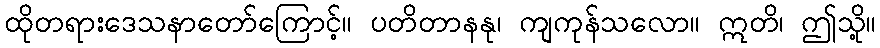
ထိုတရားဒေသနာတော်ကြောင့်။ ပတိတာနနု၊ ကျကုန်သလော။ ဣတိ၊ ဤသို့။